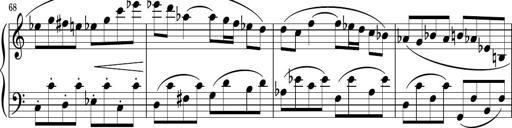
Title: Sonatina PandemÃ³nium
Composer: VÃ­ctor Carbajo
Key: C major